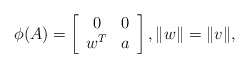
\begin{align*}\phi(A) = \left[ \begin{array}{cc} 0 & 0 \\ w^T & a \end{array} \right], \|w\|=\|v\|,\end{align*}